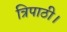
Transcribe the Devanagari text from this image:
त्रिपाठी।